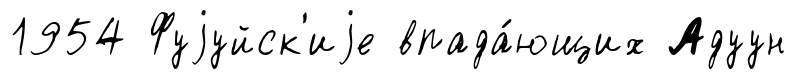
1954 Фуjуйск'иjе впада́ющих Адуун